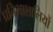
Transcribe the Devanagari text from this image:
प्रतिभाशालियों